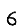
Digit: 6